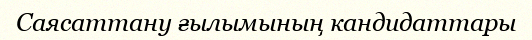
Саясаттану ғылымының кандидаттары